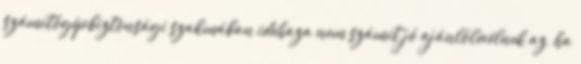
számítógépbiztonsági szakmában idehaza nem számít jó ajánlólevélnek az, ha